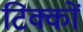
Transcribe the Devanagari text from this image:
टिक्कों